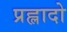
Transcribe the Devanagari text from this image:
प्रह्लादो